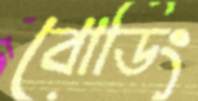
বোর্ডিং